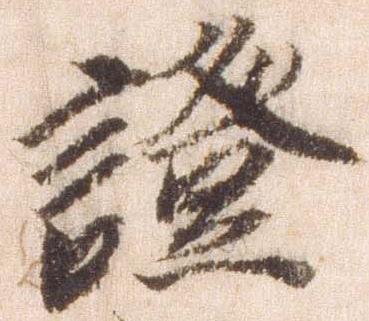
証